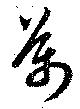
万